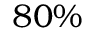
8 0 \%